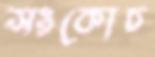
সংকোচ